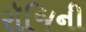
રૉજિની